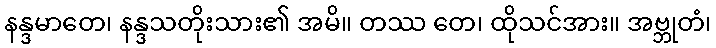
နန္ဒမာတေ၊ နန္ဒသတိုးသား၏ အမိ။ တဿ တေ၊ ထိုသင်အား။ အဗ္ဘုတံ၊